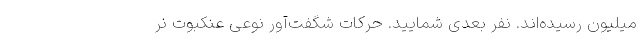
میلیون رسیده‌اند. نفر بعدی شمایید. حرکات شگفت‌آور نوعی عنکبوت‌ نر